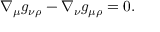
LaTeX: \nabla _ { \mu } g _ { \nu \rho } - \nabla _ { \nu } g _ { \mu \rho } = 0 .